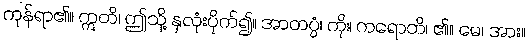
ကုန်ရာ၏။ ဣတိ၊ ဤသို့ နှလုံးပိုက်၍။ အာတပ္ပံ၊ ကို။ ကရောတိ၊ ၏။ မေ၊ အား။